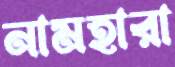
নামহারা